Report on vaccination in the Province of Bengal - 1869-1873
Year: 1869
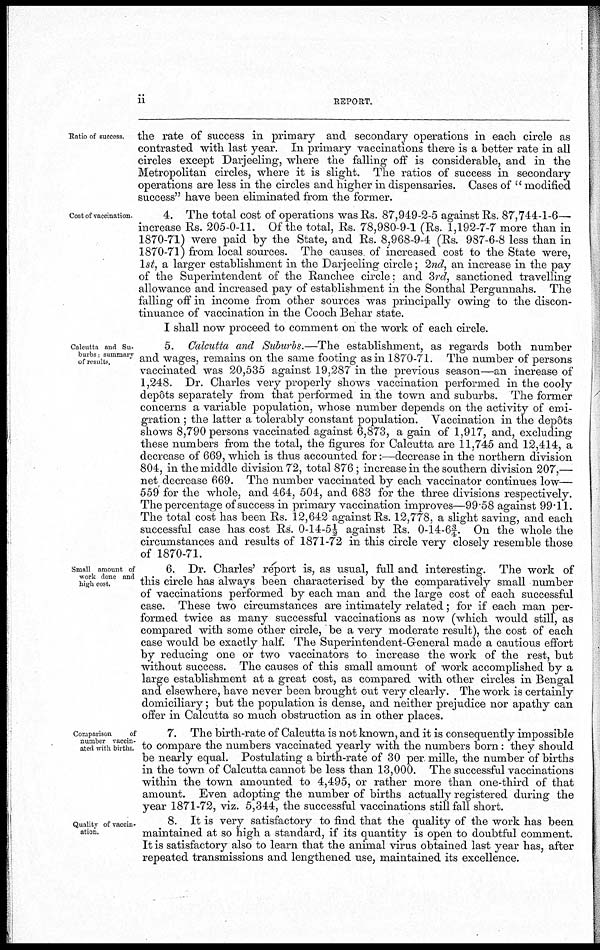
ii
REPORT.
Ratio of success.
the rate of success in primary and secondary operations in each circle as
contrasted with last year. In primary vaccinations there is a better rate in all
circles except Darjeeling, where the falling off is considerable, and in the
Metropolitan circles, where it is slight. The ratios of success in secondary
operations are less in the circles and higher in dispensaries. Cases of " modified
success" have been eliminated from the former.
Cost of vaccination.
4. The total cost of operations was Rs. 87,949-2-5 against Rs. 87,744-1-6—
increase Rs. 205-0-11. Of the total, Rs. 78,980-9-1 (Rs. 1,192-7-7 more than in
1870-71) were paid by the State, and Rs. 8,968-9-4 (Rs. 987-6-8 less than in
1870-71) from local sources. The causes of increased cost to the State were,
1st, a larger establishment in the Darjeeling circle; 2nd, an increase in the pay
of the Superintendent of the Ranchee circle: and 3rd, sanctioned travelling
allowance and increased pay of establishment in the Sonthal Pergunnahs. The
falling off in income from other sources was principally owing to the discon-
tinuance of vaccination in the Cooch Behar state.
I shall now proceed to comment on the work of each circle.
Calcutta and Su-
burbs: summary
of results.
5. Calcutta and Suburbs.—The establishment, as regards both number
and wages, remains on the same footing as in 1870-71. The number of persons
vaccinated was 20,535 against 19,287 in the previous season—an increase of
1,248. Dr. Charles very properly shows vaccination performed in the cooly
depôts separately from that performed in the town and suburbs. The former
concerns a variable population, whose number depends on the activity of emi-
gration ; the latter a tolerably constant population. Vaccination in the depôts
shows 8,790 persons vaccinated against 6,873, a gain of 1,917, and, excluding
these numbers from the total, the figures for Calcutta are 11,745 and 12,414, a
decrease of 669, which is thus accounted for:—decrease in the northern division
804, in the middle division 72, total 876; increase in the southern division 207,—
net decrease 669. The number vaccinated by each vaccinator continues low—
559 for the whole, and 464, 504, and 683 for the three divisions respectively.
The percentage of success in primary vaccination improves—99.58 against 99.11.
The total cost has been Rs. 12,642 against Rs. 12,778, a slight saving, and each
successful case has cost Rs. 0-14-5½ against Rs. 0-14-6¾. On the whole the
circumstances and results of 1871-72 in this circle very closely resemble those
of 1870-71.
Small amount of
work done and
high cost.
6. Dr. Charles' report is, as usual, full and interesting. The work of
this circle has always been characterised by the comparatively small number
of vaccinations performed by each man and the large cost of each successful
case. These two circumstances are intimately related; for if each man per-
formed twice as many successful vaccinations as now (which would still, as
compared with some other circle, be a very moderate result), the cost of each
case would be exactly half. The Superintendent-General made a cautious effort
by reducing one or two vaccinators to increase the work of the rest, but
without success. The causes of this small amount of work accomplished by a
large establishment at a great cost, as compared with other circles in Bengal
and elsewhere, have never been brought out very clearly. The work is certainly
domiciliary; but the population is dense, and neither prejudice nor apathy can
offer in Calcutta so much obstruction as in other places.
Comparison
of
number vaccin-
ated with births.
7. The birth-rate of Calcutta is not known, and it is consequently impossible
to compare the numbers vaccinated yearly with the numbers born: they should
be nearly equal. Postulating a birth-rate of 30 per. mille, the number of births
in the town of Calcutta cannot be less than 13,000. The successful vaccinations
within the town amounted to 4,495, or rather more than one-third of that
amount. Even adopting the number of births actually registered during the
year 1871-72, viz. 5,344, the successful vaccinations still fall short.
Quality of vaccin-
ation.
8. It is very satisfactory to find that the quality of the work has been
maintained at so high a standard, if its quantity is open to doubtful comment.
It is satisfactory also to learn that the animal virus obtained last year has, after
repeated transmissions and lengthened use, maintained its excellence.